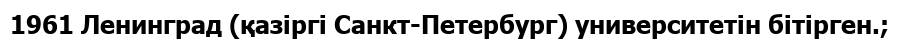
1961 Ленинград (қазіргі Санкт-Петербург) университетін бітірген.;